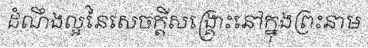
ដំណឹងល្អនៃសេចក្តីសង្គ្រោះនៅក្នុងព្រះនាម